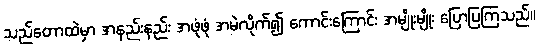
သည်တောထဲမှာ အနည်းနည်း အဖုံဖုံ အမဲလိုက်၍ ကောင်းကြောင်း အမျိုးမျိုး ပြောပြကြသည်။